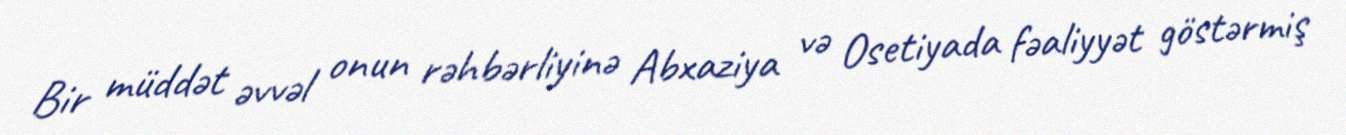
Bir müddət əvvəl onun rəhbərliyinə Abxaziya və Osetiyada fəaliyyət göstərmiş